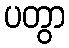
ပတွာ